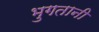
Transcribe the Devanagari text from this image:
भुगतानी